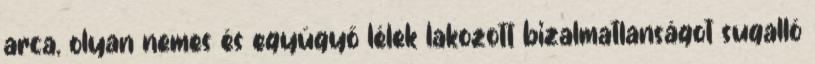
arca, olyan nemes és együgyő lélek lakozott bizalmatlanságot sugalló